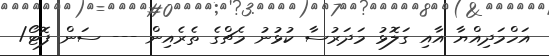
އަހްމަދިއްޔާ އާއި ގަލޮޅު މަދަރުސާ ކުޅުނު މެޗްގެ ތެރެއިން --- ސަން ފޮޓޯ/